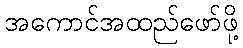
အကောင်အထည်ဖော်ဖို့